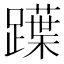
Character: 𨆡